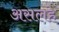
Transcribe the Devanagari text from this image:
असलहे